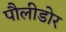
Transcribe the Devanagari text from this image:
पौलीडोर